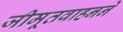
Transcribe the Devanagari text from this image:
जीमूतवाहनने